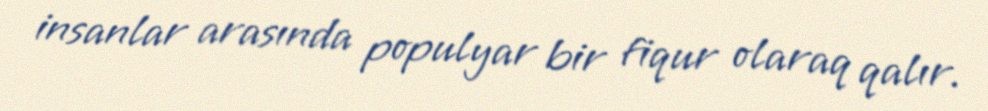
insanlar arasında populyar bir fiqur olaraq qalır.